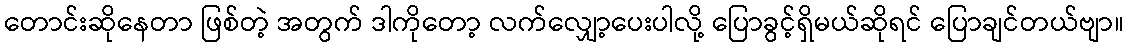
တောင်းဆိုနေတာ ဖြစ်တဲ့ အတွက် ဒါကိုတော့ လက်လျှော့ပေးပါလို့ ပြောခွင့်ရှိမယ်ဆိုရင် ပြောချင်တယ်ဗျာ။